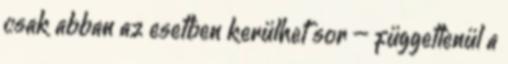
csak abban az esetben kerülhet sor – függetlenül a